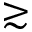
\gtrsim